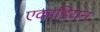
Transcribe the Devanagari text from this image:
एकाडियन